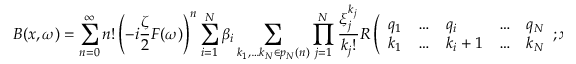
B ( x , \omega ) = \sum _ { n = 0 } ^ { \infty } n ! \left( - i \frac { \zeta } { 2 } F ( \omega ) \right) ^ { n } \sum _ { i = 1 } ^ { N } \beta _ { i } \sum _ { k _ { 1 } , \ldots k _ { N } \in p _ { N } ( n ) } \prod _ { j = 1 } ^ { N } \frac { \xi _ { j } ^ { k _ { j } } } { k _ { j } ! } R \left( \begin{array} { l l l l l } { q _ { 1 } } & { \ldots } & { q _ { i } } & { \ldots } & { q _ { N } } \\ { k _ { 1 } } & { \ldots } & { k _ { i } + 1 } & { \ldots } & { k _ { N } } \end{array} ; x \right) .